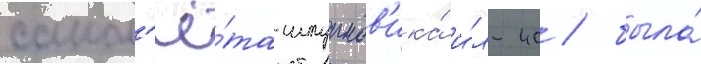
самол'ё́та-штурмов'ика́ и́л-40 / была́